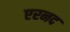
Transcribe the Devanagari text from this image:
एरनद